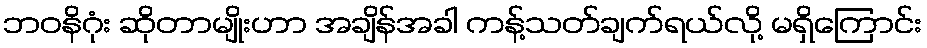
ဘဝနိဂုံး ဆိုတာမျိုးဟာ အချိန်အခါ ကန့်သတ်ချက်ရယ်လို့ မရှိကြောင်း